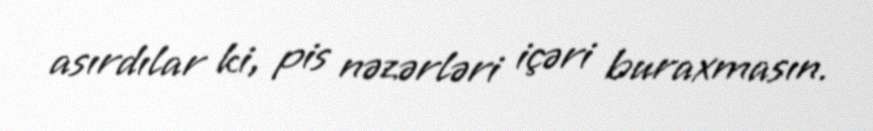
asırdılar ki, pis nəzərləri içəri buraxmasın.